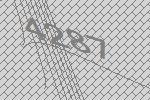
4287